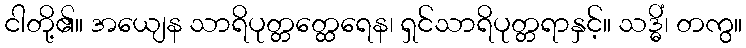
ငါတို့၏။ အယျေန သာရိပုတ္တတ္ထေရေန၊ ရှင်သာရိပုတ္တရာနှင့်။ သဒ္ဓိံ၊ တကွ။